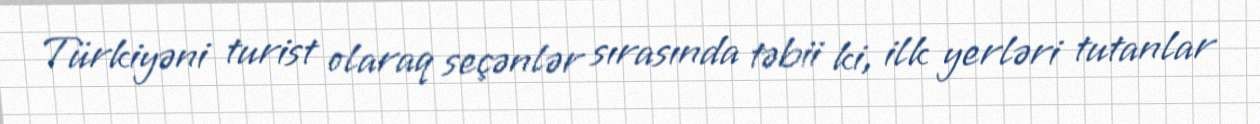
Türkiyəni turist olaraq seçənlər sırasında təbii ki, ilk yerləri tutanlar